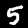
Label: 5